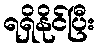
ရရှိနိုင်ပြီး